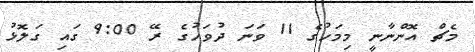
މެޗް އޮންނާނީ މިމަހުގެ 11 ވަނަ ދުވަހުގެ ރޭ 9:00 ގައި ގަލޮޅު